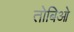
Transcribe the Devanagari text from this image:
तोबिओ